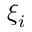
\xi _ { i }